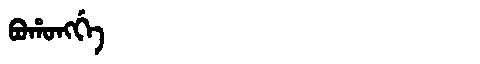
Manchu: ᠪᠣᡥᠣᠩᡤᡝ
Romanization: BOHONGGE